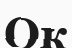
Ок